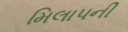
મિલાપની